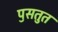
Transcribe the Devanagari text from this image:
पॖसतुत